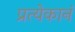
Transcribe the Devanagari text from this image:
प्रत्येकानं